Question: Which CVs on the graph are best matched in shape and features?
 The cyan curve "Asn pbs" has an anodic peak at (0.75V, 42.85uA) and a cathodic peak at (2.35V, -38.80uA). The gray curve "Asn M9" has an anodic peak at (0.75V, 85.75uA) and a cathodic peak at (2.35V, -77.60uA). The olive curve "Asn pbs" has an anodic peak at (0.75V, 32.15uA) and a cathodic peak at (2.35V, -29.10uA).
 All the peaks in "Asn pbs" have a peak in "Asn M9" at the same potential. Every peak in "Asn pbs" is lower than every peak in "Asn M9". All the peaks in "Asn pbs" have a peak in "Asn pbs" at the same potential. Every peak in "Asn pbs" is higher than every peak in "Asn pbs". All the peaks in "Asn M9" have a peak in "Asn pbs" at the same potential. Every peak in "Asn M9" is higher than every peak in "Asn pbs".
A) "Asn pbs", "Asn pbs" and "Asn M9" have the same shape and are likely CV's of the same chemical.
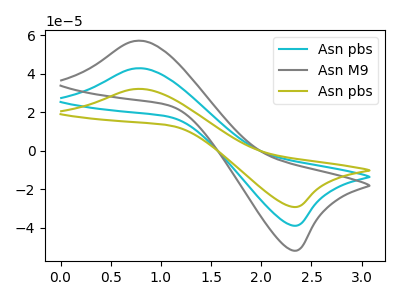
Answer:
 <answer>A) "Asn pbs", "Asn pbs" and "Asn M9" have the same shape and are likely CV's of the same chemical.</answer>
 <eval>A</eval>